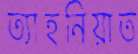
ত্যাহনিয়াত